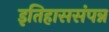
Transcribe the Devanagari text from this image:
इतिहाससंपन्न